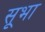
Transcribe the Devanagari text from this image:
सूभा